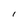
Character: I